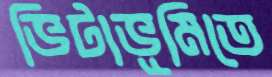
ভিটাভূমিতে